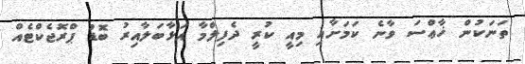
ތަނަކުން ޚާޢްސަ ވާނެ ކަމަށާއި މިއީ ކުރީ ދެފިލްމާ އަޅާބަލާއިރު ބޮޑު ޕްރޮޖެކްޓެއް